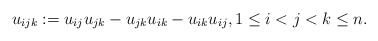
\begin{gather*}u_{ijk}:= u_{ij} u_{jk}-u_{jk} u_{ik} -u_{ik} u_{ij},1 \le i < j < k \le n.\end{gather*}